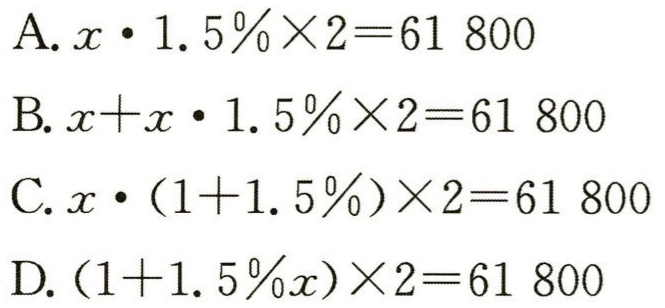
A. \(x\cdot1.5\%\times2 = 61800\)
B. \(x + x\cdot1.5\%\times2 = 61800\)
C. \(x\cdot(1 + 1.5\%)\times2 = 61800\)
D. \((1 + 1.5\%x)\times2 = 61800\)